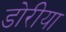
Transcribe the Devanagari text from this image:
डोरीया